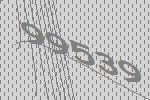
99539